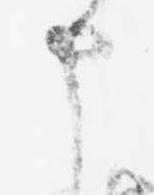
申